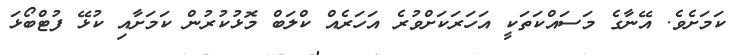
ކަމަށެވެ. އޭނާގެ މަަސައްކަތަކީ އަހަރަކަށްވުރެ އަހަރެއް ކްލަބް މޮޅުކުރުން ކަމަށާއި ކުޅޭ ފުޓްބޯޅަ